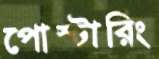
পোস্টারিং